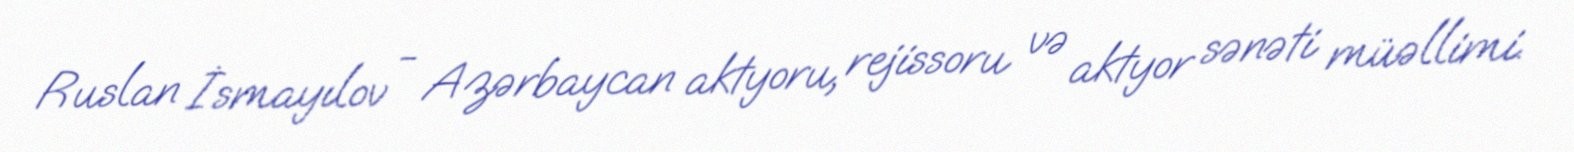
Ruslan İsmayılov - Azərbaycan aktyoru, rejissoru və aktyor sənəti müəllimi.